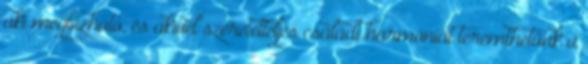
aki megbízható, és akivel szeretetteljes családi harmóniát teremthetünk a